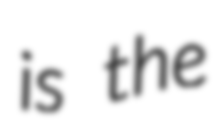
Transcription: is the